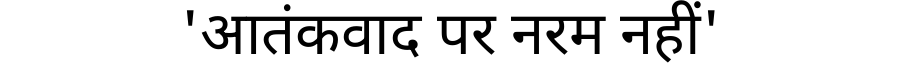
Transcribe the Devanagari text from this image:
'आतंकवाद पर नरम नहीं'